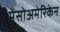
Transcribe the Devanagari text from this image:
मेसोअमेरिकेन